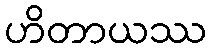
ဟိတာယဿ